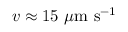
v \approx 1 5 ~ \mu \mathrm { m } ~ \mathrm { s } ^ { - 1 }